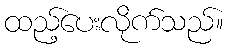
ထည့်ပေးလိုက်သည်။